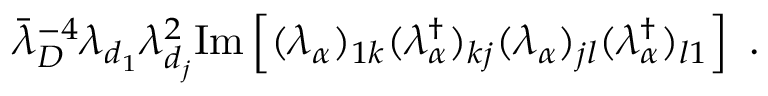
{ \bar { \lambda } } _ { D } ^ { - 4 } \lambda _ { d _ { 1 } } \lambda _ { d _ { j } } ^ { 2 } \mathrm { I m } \left[ ( \lambda _ { \alpha } ) _ { 1 k } ( \lambda _ { \alpha } ^ { \dagger } ) _ { k j } ( \lambda _ { \alpha } ) _ { j l } ( \lambda _ { \alpha } ^ { \dagger } ) _ { l 1 } \right] ~ .